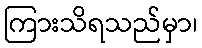
ကြားသိရသည်မှာ၊